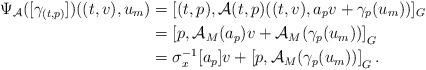
LaTeX: \begin{align*}\Psi_{\mathcal{A}}([\gamma_{(t,p)}])((t,v),u_m)&=[(t,p),\mathcal{A}(t,p)((t,v),a_pv+\gamma_p(u_m))]_G\\&=\left[p,\mathcal{A}_M(a_p) v+\mathcal{A}_M(\gamma_p(u_m))\right]_G\\&=\sigma_x^{-1}[a_p]v+\left[p,\mathcal{A}_M(\gamma_p(u_m))\right]_G.\end{align*}